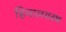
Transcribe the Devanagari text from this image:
हिमालयस्थ